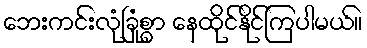
ဘေးကင်းလုံခြုံစွာ နေထိုင်နိုင်ကြပါမယ်။